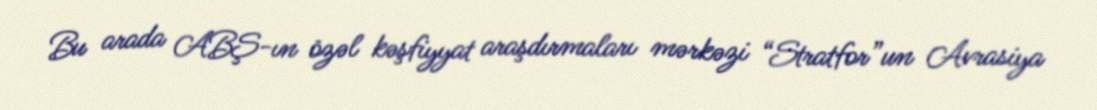
Bu arada ABŞ-ın özəl kəşfiyyat araşdırmaları mərkəzi “Stratfor”un Avrasiya